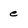
Character: e